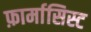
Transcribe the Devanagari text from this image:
फ़ार्मासिस्ट